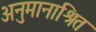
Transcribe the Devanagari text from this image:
अनुमानाश्रित